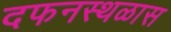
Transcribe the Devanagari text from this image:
दफनस्थळास